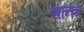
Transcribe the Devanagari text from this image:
सानग